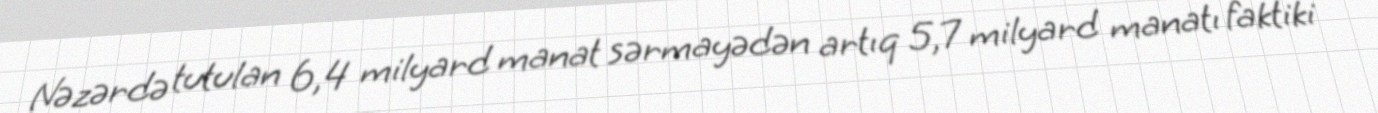
Nəzərdə tutulan 6,4 milyard manat sərmayədən artıq 5,7 milyard manatı faktiki